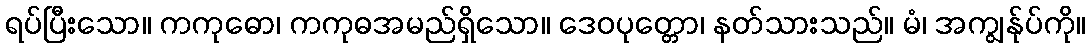
ရပ်ပြီးသော။ ကကုဓော၊ ကကုဓအမည်ရှိသော။ ဒေဝပုတ္တော၊ နတ်သားသည်။ မံ၊ အကျွန်ုပ်ကို။